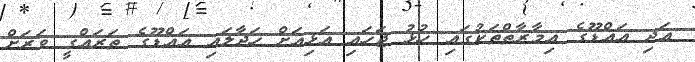
އަދި އައްޑޫގެ އިމާރާތްތަކުގައި ހުޅު ޖަހައި އަޅިއަށް ހަދާލައި އައްޑޫގެ ތަރައްގީ ވަރަށް